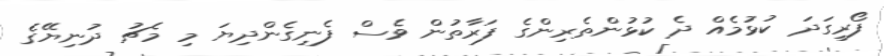
ފޯރިގަދަ ކުޅުމެއް ދެ ކުޅުންތެރިންގެ ފަރާތުން ވެސް ފެނިގެންދިޔަ މި މެޗު ދުނިޔޭގެ